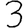
Digit: 3